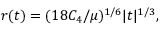
r ( t ) = ( 1 8 C _ { 4 } / \mu ) ^ { 1 / 6 } | t | ^ { 1 / 3 } ,